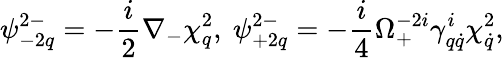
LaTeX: \psi_{-2q}^{2-}=-\frac{i}{2}\nabla_{-}\chi_{q}^{2},\ \psi_{+2q}^{2-}=-\frac{i}{4}\Omega_{+}^{-2i}\gamma_{q\dot{q}}^{i}\chi_{\dot{q}}^{2},